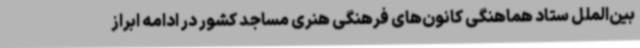
بین‌الملل ستاد هماهنگی کانون‌های فرهنگی هنری مساجد کشور در ادامه ابراز